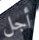
أجل